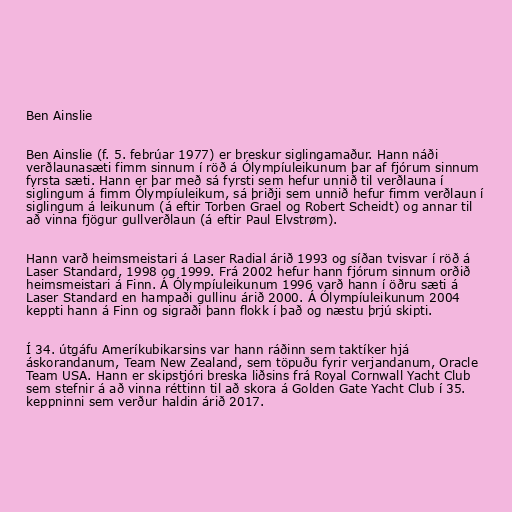
Ben Ainslie

Ben Ainslie (f. 5. febrúar 1977) er breskur siglingamaður. Hann náði
verðlaunasæti fimm sinnum í röð á Ólympíuleikunum þar af fjórum sinnum
fyrsta sæti. Hann er þar með sá fyrsti sem hefur unnið til verðlauna í
siglingum á fimm Ólympíuleikum, sá þriðji sem unnið hefur fimm verðlaun í
siglingum á leikunum (á eftir Torben Grael og Robert Scheidt) og annar til
að vinna fjögur gullverðlaun (á eftir Paul Elvstrøm).

Hann varð heimsmeistari á Laser Radial árið 1993 og síðan tvisvar í röð á
Laser Standard, 1998 og 1999. Frá 2002 hefur hann fjórum sinnum orðið
heimsmeistari á Finn. Á Ólympíuleikunum 1996 varð hann í öðru sæti á
Laser Standard en hampaði gullinu árið 2000. Á Ólympíuleikunum 2004
keppti hann á Finn og sigraði þann flokk í það og næstu þrjú skipti.

Í 34. útgáfu Ameríkubikarsins var hann ráðinn sem taktíker hjá
áskorandanum, Team New Zealand, sem töpuðu fyrir verjandanum, Oracle
Team USA. Hann er skipstjóri breska liðsins frá Royal Cornwall Yacht Club
sem stefnir á að vinna réttinn til að skora á Golden Gate Yacht Club í 35.
keppninni sem verður haldin árið 2017.